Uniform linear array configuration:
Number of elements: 32
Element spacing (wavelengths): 1
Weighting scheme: hamming
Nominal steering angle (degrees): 60
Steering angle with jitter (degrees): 60.664
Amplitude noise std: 0.05
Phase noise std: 0.05

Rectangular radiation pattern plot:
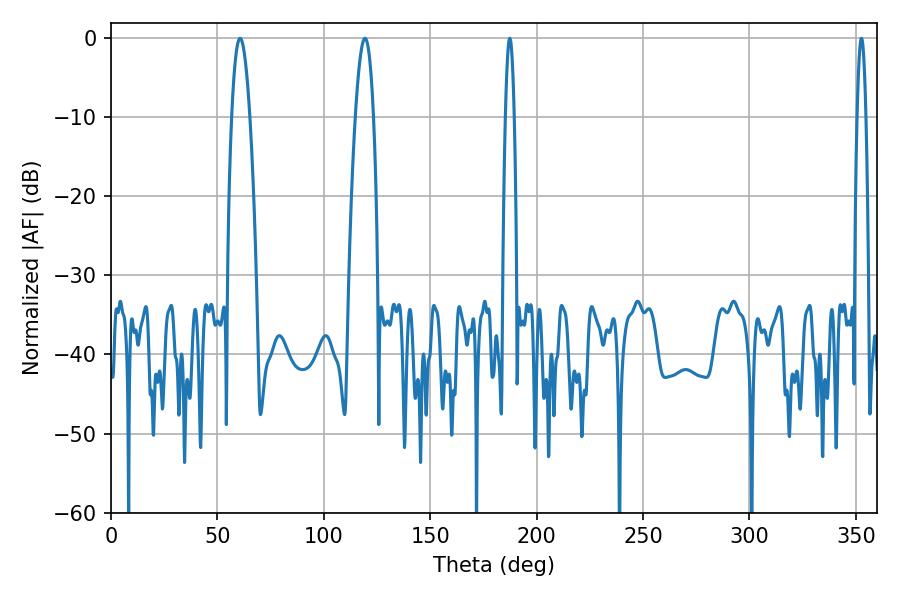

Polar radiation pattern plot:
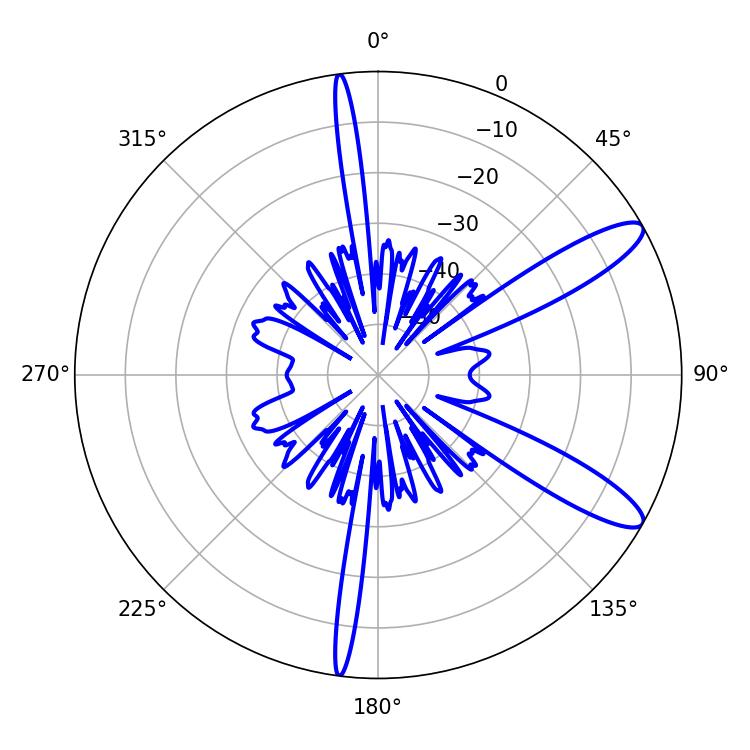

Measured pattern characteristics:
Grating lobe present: TRUE
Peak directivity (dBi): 11.442
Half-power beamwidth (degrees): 4.5
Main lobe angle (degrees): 60.66